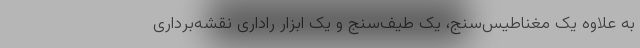
به علاوه یک مغناطیس‌سنج، یک طیف‌سنج و یک ابزار راداری نقشه‌برداری